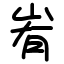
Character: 峟